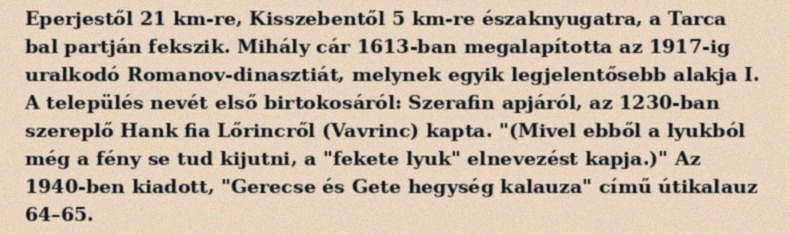
Eperjestől 21 km-re, Kisszebentől 5 km-re északnyugatra, a Tarca bal partján fekszik. Mihály cár 1613-ban megalapította az 1917-ig uralkodó Romanov-dinasztiát, melynek egyik legjelentősebb alakja I. A település nevét első birtokosáról: Szerafin apjáról, az 1230-ban szereplő Hank fia Lőrincről (Vavrinc) kapta. "(Mivel ebből a lyukból még a fény se tud kijutni, a "fekete lyuk" elnevezést kapja.)" Az 1940-ben kiadott, "Gerecse és Gete hegység kalauza" című útikalauz 64–65.